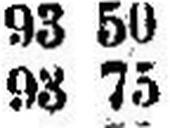
93 75